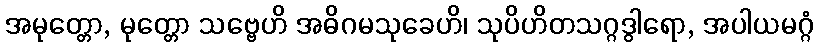
အမုတ္တော, မုတ္တော သဗ္ဗေဟိ အဓိဂမသုခေဟိ၊ သုပိဟိတသဂ္ဂဒွါရော, အပါယမဂ္ဂံ